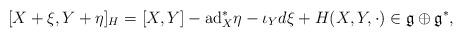
LaTeX: \begin{align*} [ X+\xi , Y + \eta ]_H = [X,Y] -\mathrm{ad}_X^*\eta -\iota_Yd\xi + H(X,Y,\cdot ) \in \mathfrak{g} \oplus \mathfrak{g}^*,\end{align*}